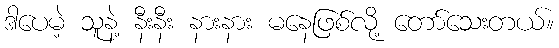
ဒါပေမဲ့ သူနဲ့ နီးနီး နားနား မနေဖြစ်လို့ တော်သေးတယ်။